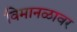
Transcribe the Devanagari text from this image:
विमानळावर